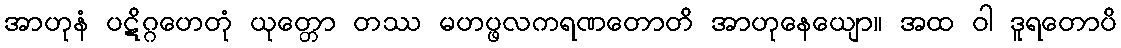
အာဟုနံ ပဋိဂ္ဂဟေတုံ ယုတ္တော တဿ မဟပ္ဖလကရဏတောတိ အာဟုနေယျော။ အထ ဝါ ဒူရတောပိ